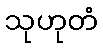
သုဟုတံ